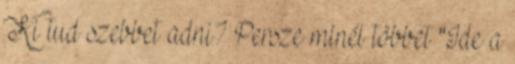
Ki tud szebbet adni? Persze minél többet "Ide a